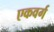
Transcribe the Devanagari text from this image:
एकवर्ग